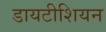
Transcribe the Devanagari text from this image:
डायटीशियन